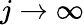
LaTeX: j\to\infty